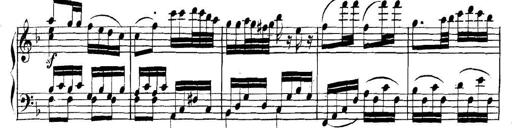
Title: Collected Piano Sonatas
Composer: Muzio Clementi